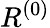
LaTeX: R^{(0)}